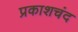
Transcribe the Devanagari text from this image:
प्रकाशचंद